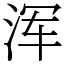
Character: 浑